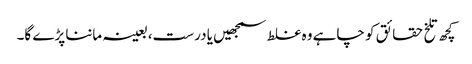
کچھ تلخ حقائق کو چاہے وہ غلط سمجھیں یا درست، بعینہ ماننا پڑے گا۔